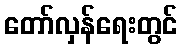
တော်လှန်ရေးတွင်